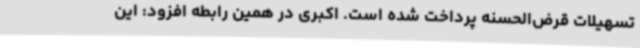
تسهیلات قرض‌الحسنه پرداخت شده است. اکبری در همین رابطه افزود: این